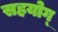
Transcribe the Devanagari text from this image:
सहयोग्